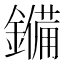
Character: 𮣆